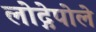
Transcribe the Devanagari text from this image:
लोद्गेपोले